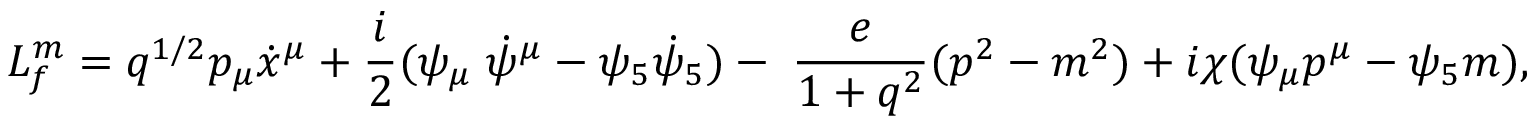
L _ { f } ^ { m } = q ^ { 1 / 2 } p _ { \mu } \dot { x } ^ { \mu } + \frac { i } { 2 } ( \psi _ { \mu } \; \dot { \psi } ^ { \mu } - \psi _ { 5 } \dot { \psi } _ { 5 } ) - \; \frac { e } { 1 + q ^ { 2 } } ( p ^ { 2 } - m ^ { 2 } ) + i \chi ( \psi _ { \mu } p ^ { \mu } - \psi _ { 5 } m ) ,